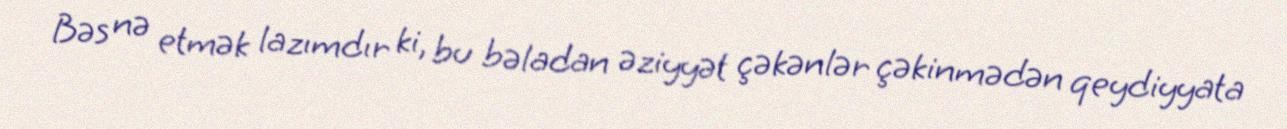
Bəs nə etmək lazımdır ki, bu bəladan əziyyət çəkənlər çəkinmədən qeydiyyata